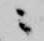
ニ